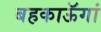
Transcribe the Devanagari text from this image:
बहकाऊॅगां